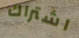
اشتراك